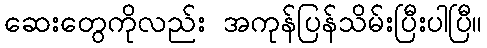
ဆေးတွေကိုလည်း အကုန်ပြန်သိမ်းပြီးပါပြီ။